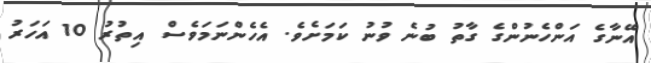
އޭނާގެ އަންހެނުންގެ ގާތު ބުނެ ވުނު ކަމަށެވެ. އެހެންނަމަވެސް އިތުރު 10 އަހަރު